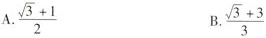
A. \frac{\sqrt{3}+1}{2} B. \frac{\sqrt{3}+3}{3}